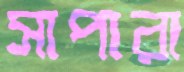
সাপারা